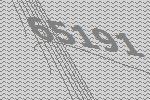
65191